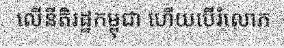
លើនីតិរដ្ឋកម្ពុជា ហើយបើរំលោភ